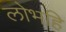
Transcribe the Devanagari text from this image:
लोभहि